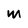
Character: M